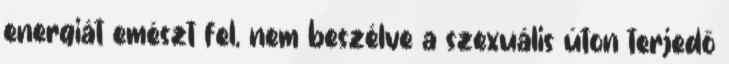
energiát emészt fel, nem beszélve a szexuális úton terjedő